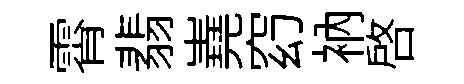
霄翡嶤𥥆衲啓